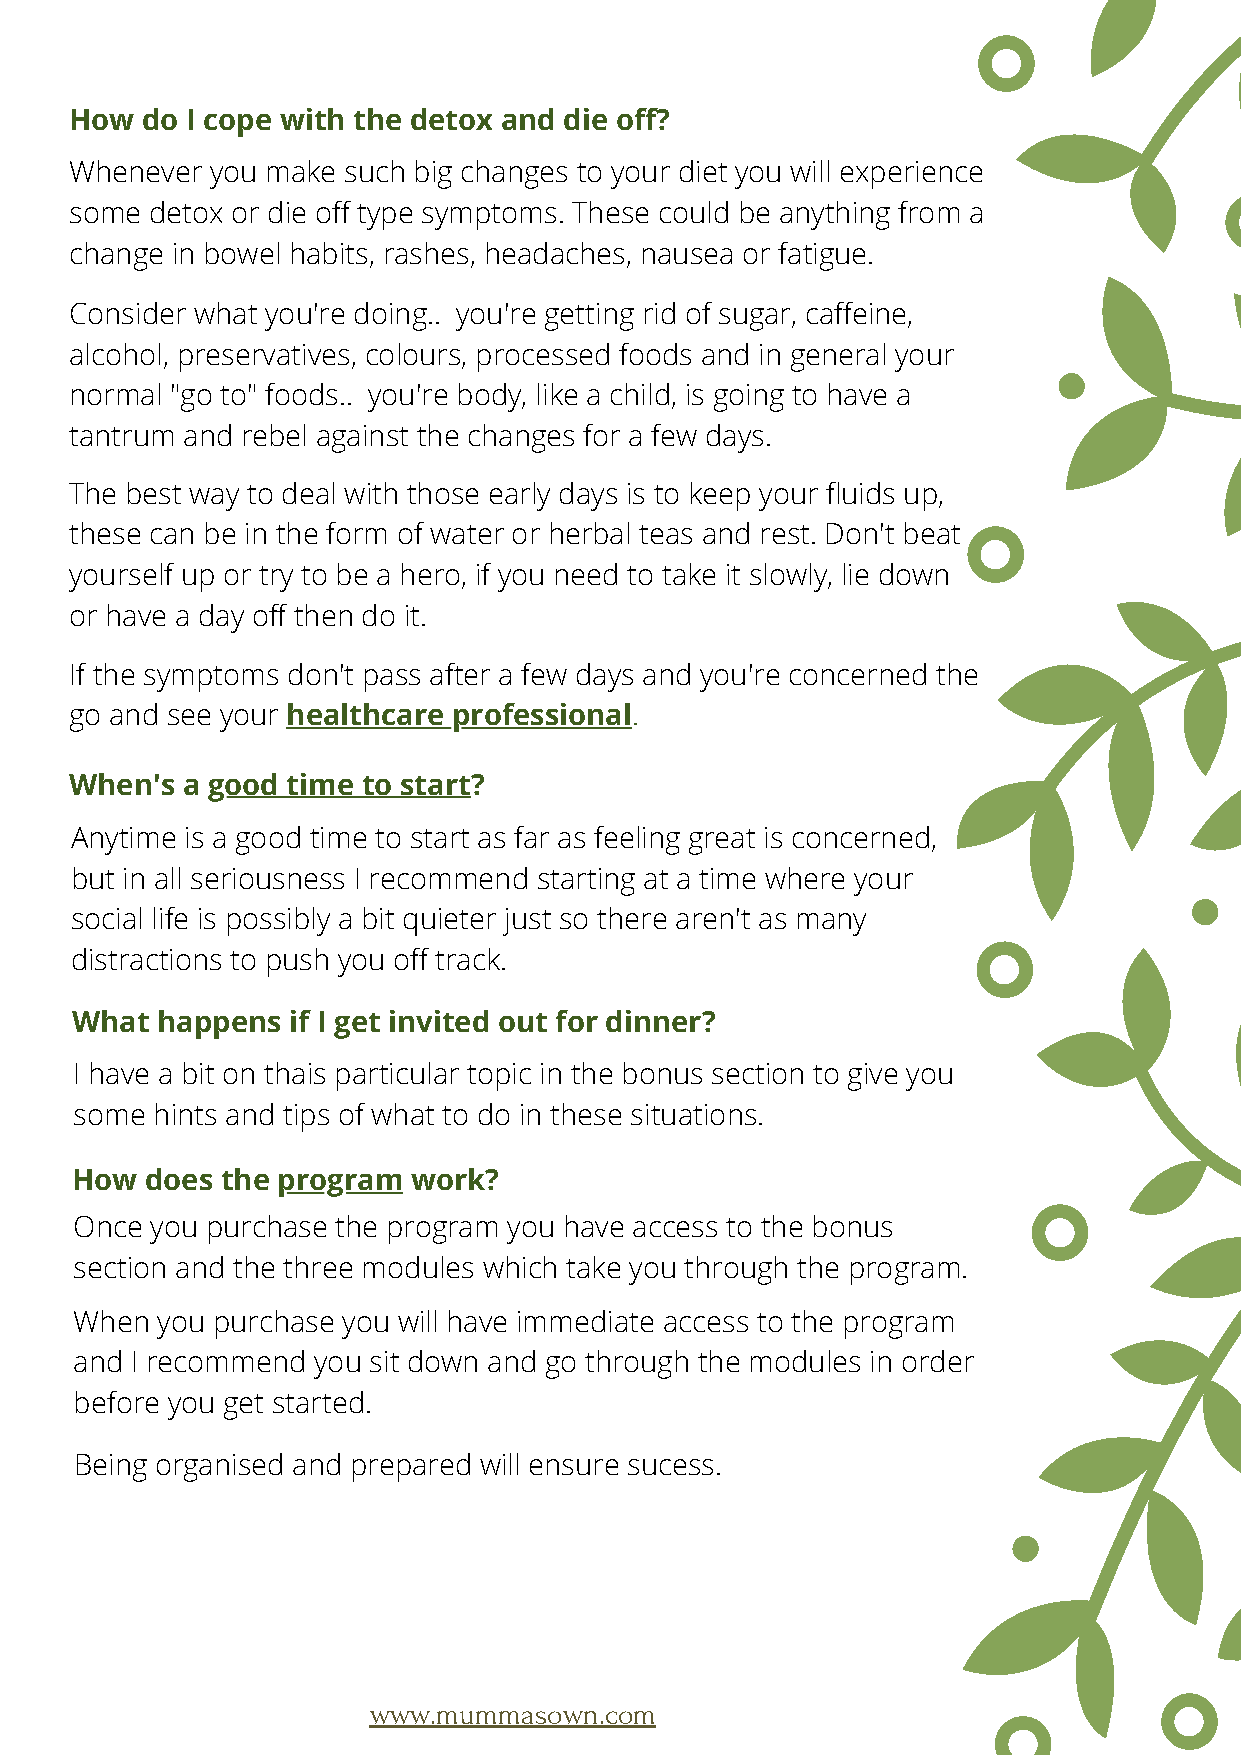
How do I cope with the detox and die off?
 Whenever you make such big changes to your diet you will experience
 some detox or die off type symptoms. These could be anything from a
 change in bowel habits, rashes, headaches, nausea or fatigue.
 Consider what you're doing.. you're getting rid of sugar, caffeine,
 alcohol, preservatives, colours, processed foods and in general your
 normal "go to" foods.. you're body, like a child, is going to have a
 tantrum and rebel against the changes for a few days.
 The best way to deal with those early days is to keep your fluids up,
 these can be in the form of water or herbal teas and rest. Don't beat
 yourself up or try to be a hero, if you need to take it slowly, lie down
 or have a day off then do it.
 If the symptoms don't pass after a few days and you're concerned the
 go and see your healthcare professional.
 When's a good time to start?
 Anytime is a good time to start as far as feeling great is concerned,
 but in all seriousness I recommend starting at a time where your
 social life is possibly a bit quieter just so there aren't as many
 distractions to push you off track.
 What happens  if I get invited out for dinner?
 I have a bit on thais particular topic in the bonus section to give you
 some hints and tips of what to do in these situations.
 How  does the program work?
 Once you purchase the program you have access to the bonus
 section and the three modules which take you through the program.
 When you purchase you will have immediate access to the program
 and I recommend you sit down and go through the modules in order
 before you get started.
 Being organised and prepared will ensure sucess.
 www.mummasown.com